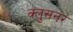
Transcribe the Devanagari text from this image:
क्लुसनर